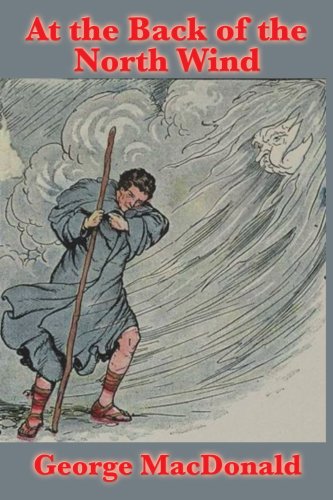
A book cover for At the Back of the North Wind; George MacDonald; Christian Books & Bibles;